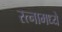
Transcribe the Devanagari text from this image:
रत्‍नामध्ये